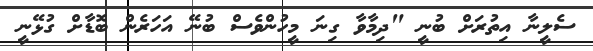
ސެލީނާ އިތުރަށް ބުނީ "ދިމާވާ ގިނަ މީހުންވެސް ބުނޭ އަހަރެން ބޮޑާށް ގުޅޭނީ